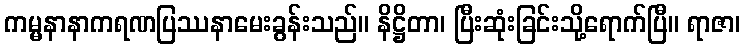
ကမ္မနာနာကရဏပြဿနာမေးခွန်းသည်။ နိဋ္ဌိတာ၊ ပြီးဆုံးခြင်းသို့ရောက်ပြီ။ ရာဇာ၊